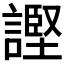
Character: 𫍊